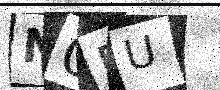
Text: N0PU